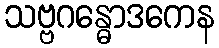
သဗ္ဗဂန္ဓောဒကေန